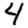
Digit: 4